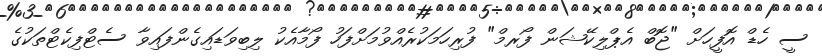
ސީ ހެޑް އޮފީހަށް "ޖޮބް އެޕްލިކޭޝަން ފޯރމް" ފުރިހަމަކުރެއްވުމަށްފަހު ފޯމާއެކު ލިބިވަޑައިގެންފައިވާ ސެޓްފިކެޓްތަކުގެ